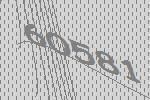
60581